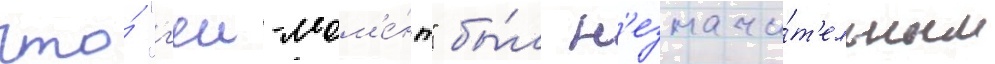
что́ "г'еи-мом'е́нт" бы́л н'езначи́т'ельным